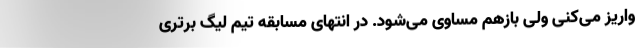
واریز می‌کنی ولی بازهم مساوی می‌شود. در انتهای مسابقه تیم لیگ برتری